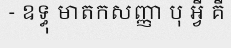
- ឧទ្ធុ មាតកសញ្ញា បុ អ្វី គឺ